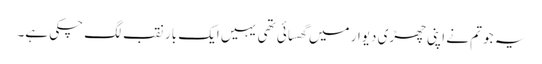
یہ جو تم نے اپنی چھڑی دیوار میں گھسائی تھی یہیں ایک بار نقب لگ چکی ہے۔